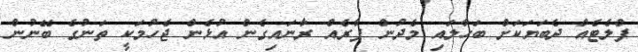
ފްލެޓެއް ދެބަޔަކަށް ބަހާލައި މެދުން ފާރެއް ރާނައިގެން އުޅެން ޖެހުމަކީ ތަނުގެ ބޭނުން